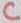
Text: C